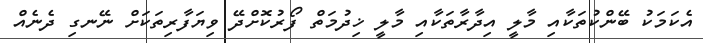
އެކަމަކު ބޭންކުތަކާއި މާލީ އިދާރާތަކާއި މާލީ ޚިދުމަތް ފޯރުކޮށްދޭ ވިޔަފާރިތަކަށް ނޭނގި ދެނެއް